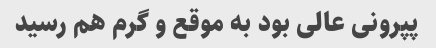
پپرونی عالی بود به موقع و گرم هم رسید